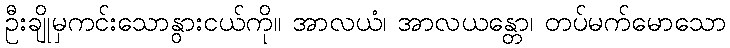
ဦးချိုမှကင်းသောနွားငယ်ကို။ အာလယံ၊ အာလယန္တော၊ တပ်မက်မောသော